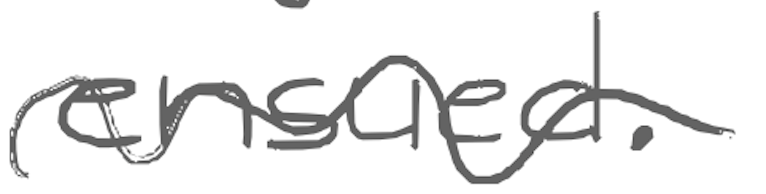
Text: ensued.
Cross-out: wave
Writing tool: digital_gray